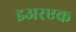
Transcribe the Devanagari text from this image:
इअरएक